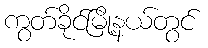
ကွတ်ခိုင်မြို့နယ်တွင်